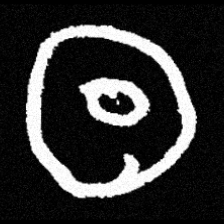
Pyu character \u2014 Myanmar letter: ထ (romanized: tha)